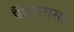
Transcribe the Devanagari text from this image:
पैंथालासा